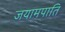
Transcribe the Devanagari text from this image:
जयामपाति